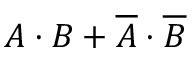
A \cdot B + { \overline { { A } } } \cdot { \overline { { B } } }